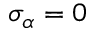
\sigma _ { \alpha } = 0